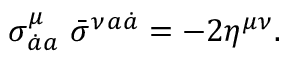
\sigma _ { \dot { a } a } ^ { \mu } ~ \bar { \sigma } ^ { \nu } { } ^ { a \dot { a } } = - 2 \eta ^ { \mu \nu } .